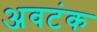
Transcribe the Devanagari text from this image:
अवटंक